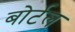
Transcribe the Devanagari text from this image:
बोर्टल